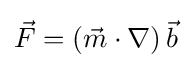
{\vec {F}}=\left({\vec {m}}\cdot \nabla \right){\vec {b}}